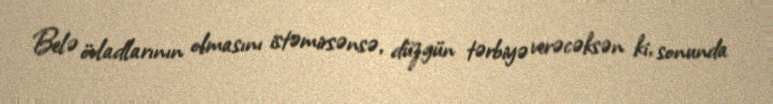
Belə övladlarının olmasını istəmirsənsə, düzgün tərbiyə verəcəksən ki, sonunda